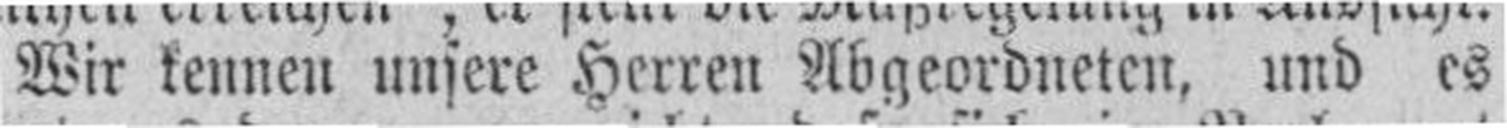
Wir kennen unsere Herren Abgeordneten, und es